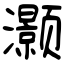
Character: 灏